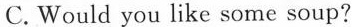
C. Would you like some soup?